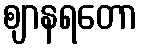
ဈာနရတော